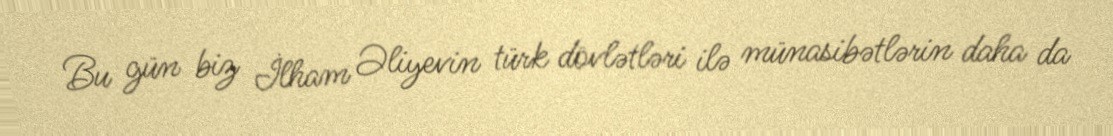
Bu gün biz İlham Əliyevin türk dövlətləri ilə münasibətlərin daha da